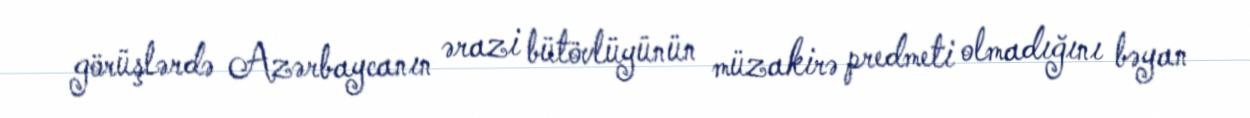
görüşlərdə Azərbaycanın ərazi bütövlüyünün müzakirə predmeti olmadığını bəyan